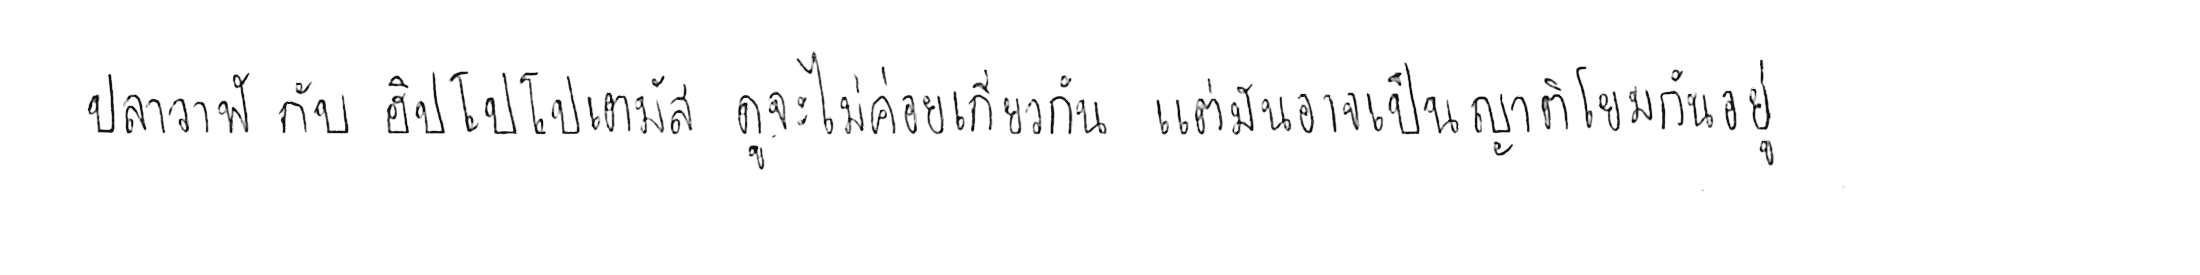
ปลาวาฬ กับ ฮิปโปโปเตมัส ดูจะไม่ค่อยเกี่ยวกัน แต่มันอาจเป็นญาติโยมกันอยู่